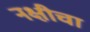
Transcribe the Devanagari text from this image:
नक्षीचा